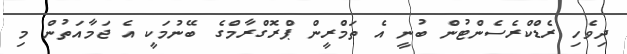
ދިވެހި ރެޑްކްރެސެންޓުން ބުނީ އެ ތަމްރީން ޕްރޮގްރާމްގެ ބޭނުމަކީ އެ ޖަމާއަތުން މި